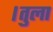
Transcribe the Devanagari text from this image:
।तुला